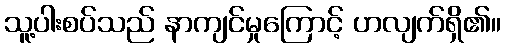
သူ့ပါးစပ်သည် နာကျင်မှုကြောင့် ဟလျက်ရှိ၏။